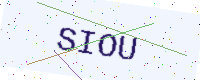
Text: SIOU